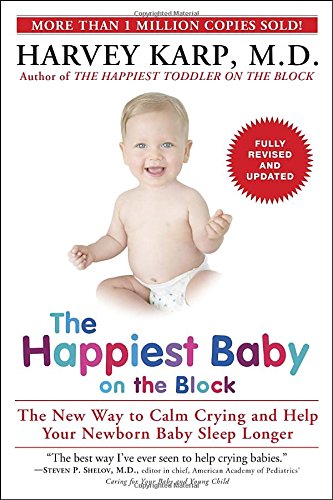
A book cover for The Happiest Baby on the Block; Fully Revised and Updated Second Edition: The New Way to Calm Crying and Help Your Newborn Baby Sleep Longer; Harvey Karp; Parenting & Relationships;